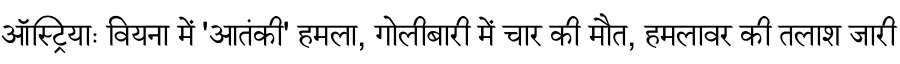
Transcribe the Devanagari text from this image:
ऑस्ट्रियाः वियना में 'आतंकी' हमला, गोलीबारी में चार की मौत, हमलावर की तलाश जारी